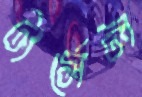
টার্সেল